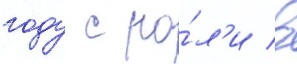
году с ро́л'и в